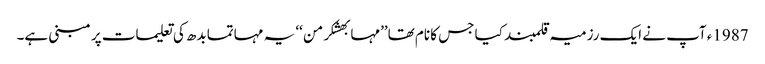
1987ء آپ نے ایک رزمیہ قلمبند کیا جس کا نام تھا’’مہابھشکرمن ‘‘ یہ مہاتما بدھ کی تعلیمات پر مبنی ہے۔